Quinine and its salts - Number 41
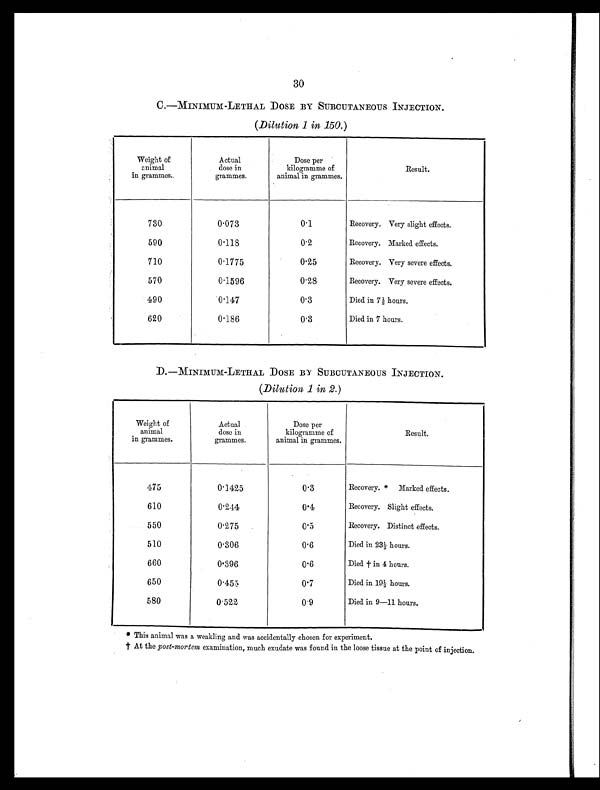
30
C.—MINIMUM-LETHAL DOSE BY SUBCUTANEOUS INJECTION.
( Dilution 1 in 150. )
Weight of
animal
in grammes.
Actual
dose in
grammes.
Dose per
kilogramme of
animal in grammes.
Result.
730
0.073
0 . 1
Recovery. Very slight effects.
590
0.118
0.2
Recovery. Marked effects.
710
0.1775
0.25
Recovery. Very severe effects.
570
0.1596
0.28
Recovery. Very severe effects.
490
0.147
0.3
Died in 7½ hours.
620
0.186
0.3
Died in 7 hours.
D.—MINIMUM-LETHAL DOSE BY SUBCUTANEOUS INJECTION.
(Dilution 1 in 2. )
Weight of
animal
in grammes.
Actual
dose in
grammes.
Dose per
kilogramme of
animal in grammes.
Result.
475
0.1425
0.3
Recovery. * Marked effects.
610
0.244
0.4
Recovery. Slight effects.
550
0.275
0.5
Recovery. Distinct effects.
510
0.306
0.6
Died in 23½ hours.
660
0.396
0.6
Died † in 4 hours.
650
0.455
0.7
Died in 19½ hours.
580
0.522
0.9
Died in 9—11 hours.
* This animal was a weakling and was accidentally chosen for experiment.
† At the post-mortem examination, much exudate was found in the loose tissue at the point of injection.